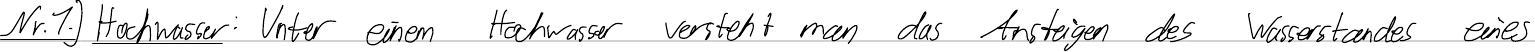
Nr.1.) Hochwasser: Unter einem Hochwasser versteht man das Ansteigen des Wasserstandes eines